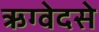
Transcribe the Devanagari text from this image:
ऋग्वेदसे